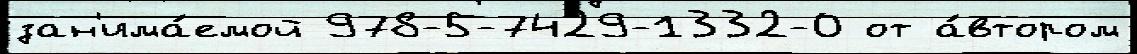
зан'има́емой 978-5-7429-1332-0 от а́втором